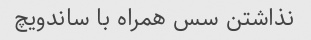
نذاشتن سس همراه با ساندویچ